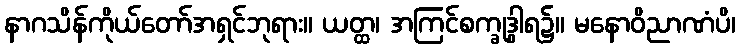
နာဂသိန်ကိုယ်တော်အရှင်ဘုရား။ ယတ္ထ၊ အကြင်စက္ခုဒွါရ၌။ မနောဝိညာဏံပိ၊